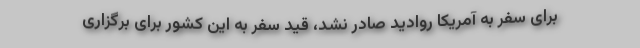
برای سفر به آمریکا روادید صادر نشد، قید سفر به این کشور برای برگزاری